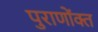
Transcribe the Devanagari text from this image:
पुराणोंक्त